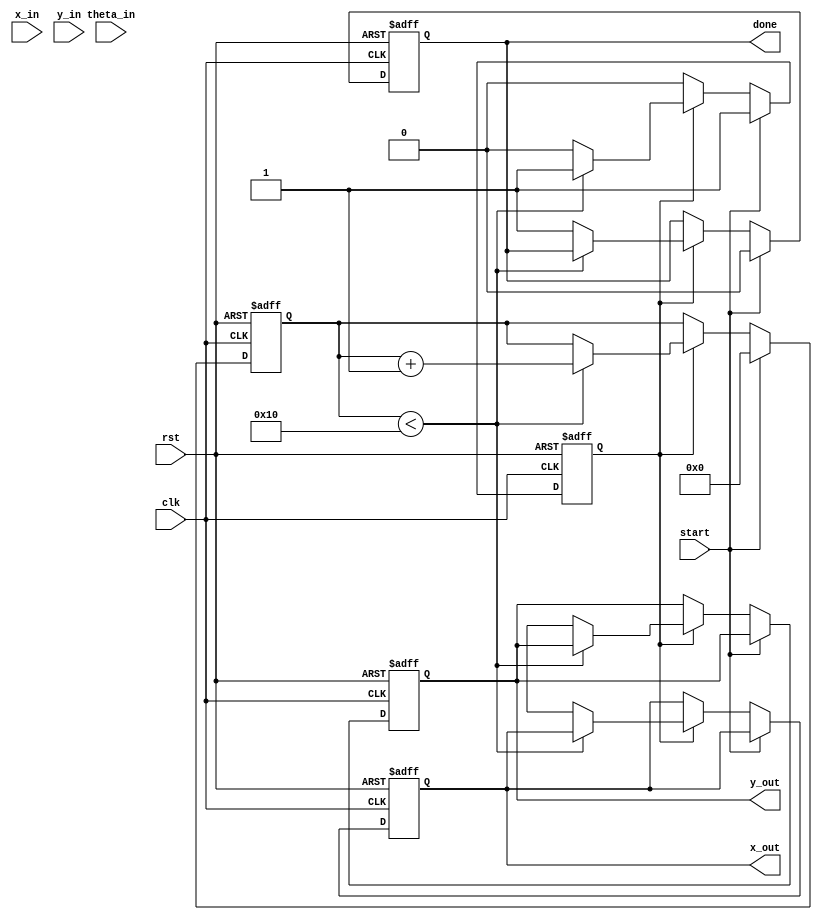
module cordic_fixed_point #(
    parameter N = 16,                // Number of iterations
    parameter WIDTH_XY = 16,        // Width of x and y inputs
    parameter WIDTH_THETA = 16,     // Width of theta input
    parameter FRAC_BITS = 8          // Number of fractional bits
)(
    input wire clk,
    input wire rst,
    input wire start,
    input wire signed [WIDTH_XY-1:0] x_in,
    input wire signed [WIDTH_XY-1:0] y_in,
    input wire signed [WIDTH_THETA-1:0] theta_in,
    output reg signed [WIDTH_XY-1:0] x_out,
    output reg signed [WIDTH_XY-1:0] y_out,
    output reg done
);

    // CORDIC rotation angles (arctan(2^-i))
    reg signed [WIDTH_THETA-1:0] atan_table [0:N-1];
    initial begin
        atan_table[0] = 16'h1C71; // atan(1) = 45 degrees in fixed-point
        atan_table[1] = 16'h0DAC; // atan(1/2) = 26.565 degrees
        atan_table[2] = 16'h05A8; // atan(1/4) = 14.036 degrees
        atan_table[3] = 16'h028F; // atan(1/8) = 7.125 degrees
        // Add more values as needed...
    end

    reg signed [WIDTH_XY-1:0] x [0:N-1];
    reg signed [WIDTH_XY-1:0] y [0:N-1];
    reg signed [WIDTH_THETA-1:0] theta [0:N-1];
    reg [3:0] iteration;
    reg state;

    // State machine for CORDIC iterations
    always @(posedge clk or posedge rst) begin
        if (rst) begin
            iteration <= 0;
            done <= 0;
            state <= 0;
            x_out <= 0;
            y_out <= 0;
        end else if (start) begin
            // Initialize inputs
            x[0] <= x_in;
            y[0] <= y_in;
            theta[0] <= theta_in;
            iteration <= 0;
            done <= 0;
            state <= 1;
        end else if (state == 1) begin
            if (iteration < N) begin
                // CORDIC rotation
                if (theta[iteration] < 0) begin
                    x[iteration + 1] <= x[iteration] + (y[iteration] >>> iteration);
                    y[iteration + 1] <= y[iteration] - (x[iteration] >>> iteration);
                    theta[iteration + 1] <= theta[iteration] + atan_table[iteration];
                end else begin
                    x[iteration + 1] <= x[iteration] - (y[iteration] >>> iteration);
                    y[iteration + 1] <= y[iteration] + (x[iteration] >>> iteration);
                    theta[iteration + 1] <= theta[iteration] - atan_table[iteration];
                end
                iteration <= iteration + 1;
            end else begin
                // Final output after iterations
                x_out <= x[N];
                y_out <= y[N];
                done <= 1;
                state <= 0; // Go back to idle state
            end
        end
    end

endmodule